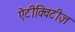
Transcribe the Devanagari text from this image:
ऐंटीक्विटीज़